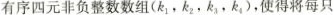
有序四元非负整数数组( $$(k_{1},k_{2},k_{3},k_{4})$$ ，使得将每只